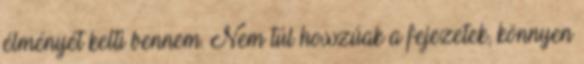
élményét kelti bennem. Nem túl hosszúak a fejezetek, könnyen